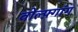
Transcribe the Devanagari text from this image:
वोल्फ़्गांग